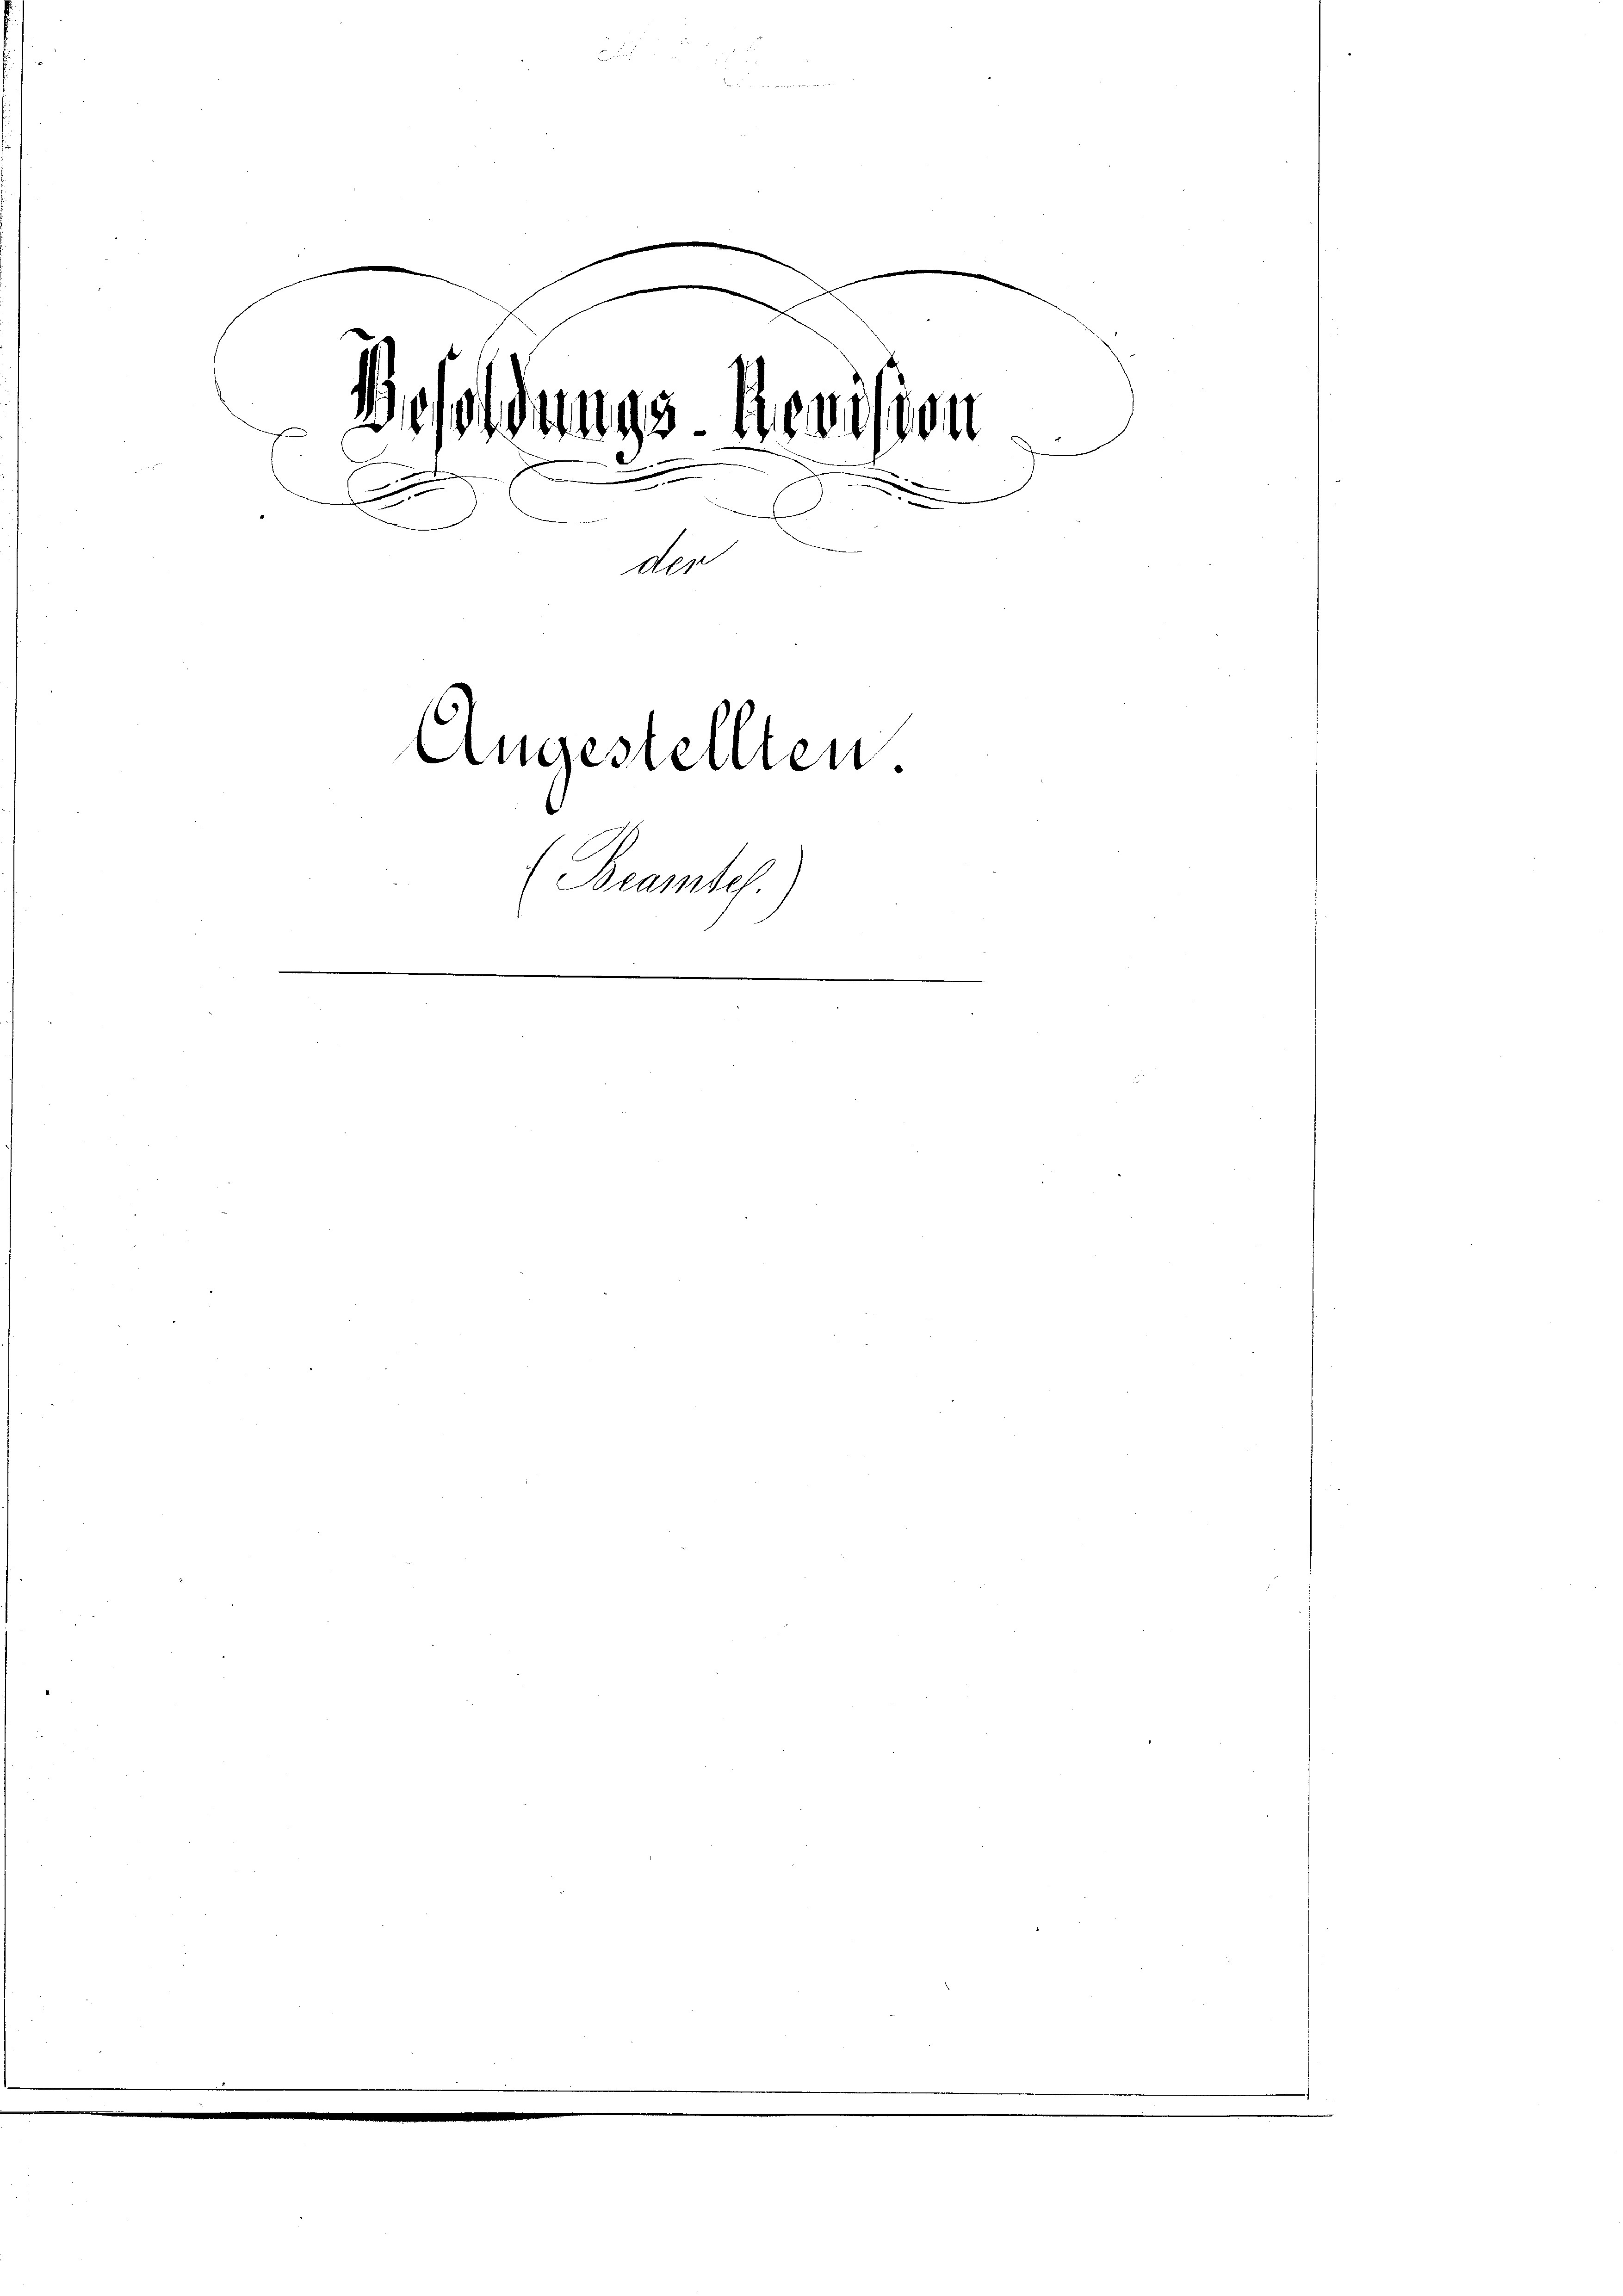
u

n
.
n
.

Besoldungs-Revision

A
Der
Angestellten.
(Beamtel.
.
e